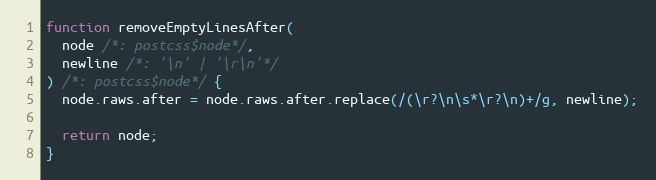
Language: JavaScript
function removeEmptyLinesAfter(
  node /*: postcss$node*/,
  newline /*: '\n' | '\r\n'*/
) /*: postcss$node*/ {
  node.raws.after = node.raws.after.replace(/(\r?\n\s*\r?\n)+/g, newline);

  return node;
}